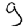
Digit: 9